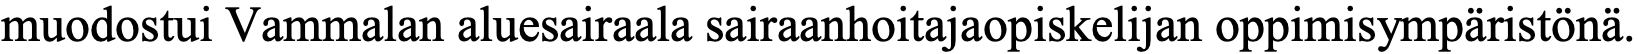
muodostui Vammalan aluesairaala sairaanhoitajaopiskelijan oppimisympäristönä.